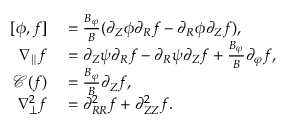
\begin{array} { r l } { [ \phi , f ] } & { { } = \frac { B _ { \varphi } } { B } ( \partial _ { Z } \phi \partial _ { R } f - \partial _ { R } \phi \partial _ { Z } f ) , } \\ { \nabla _ { \parallel } f } & { { } = \partial _ { Z } \psi \partial _ { R } f - \partial _ { R } \psi \partial _ { Z } f + \frac { B _ { \varphi } } { B } \partial _ { \varphi } f , } \\ { \mathcal { C } ( f ) } & { { } = \frac { B _ { \varphi } } { B } \partial _ { Z } f , } \\ { \nabla _ { \perp } ^ { 2 } f } & { { } = \partial _ { R R } ^ { 2 } f + \partial _ { Z Z } ^ { 2 } f . } \end{array}